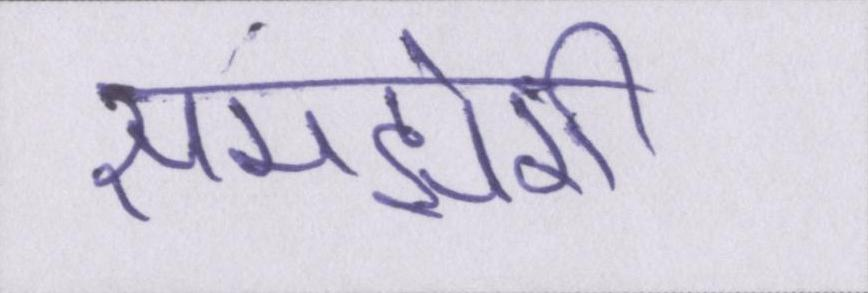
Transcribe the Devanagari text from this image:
समझेगी